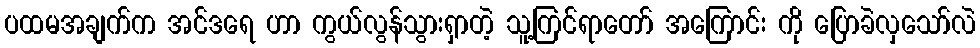
ပထမအချက်က အင်ဒရေ ဟာ ကွယ်လွန်သွားရှာတဲ့ သူ့ကြင်ရာတော် အကြောင်း ကို ပြောခဲလှသော်လဲ